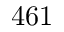
4 6 1